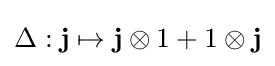
\Delta :\mathbf {j} \mapsto \mathbf {j} \otimes 1+1\otimes \mathbf {j}